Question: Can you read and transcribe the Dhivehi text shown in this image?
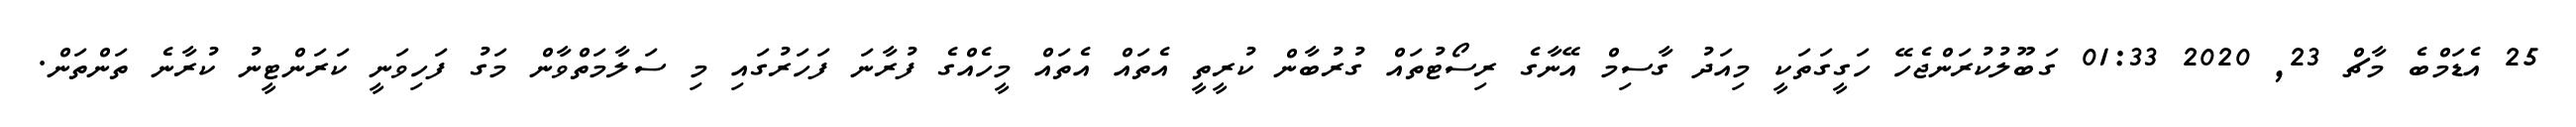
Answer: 25 އެޑަމްބެ މާޗް 23, 2020 01:33 ގަބޫލުކުރަންޖެހޭ ހަގީގަތަކީ މިއަދު ގާސިމް އޭނާގެ ރިސޯޓުތައް ގުރުބާން ކުރީތީ އެތައް އެތައް މީހެއްގެ ފުރާނަ ފަހަރުގައި މި ސަލާމަތްވާން މަގު ފަހިވަނީ ކަރަންޓީނު ކުރާނެ ތަންތަން.